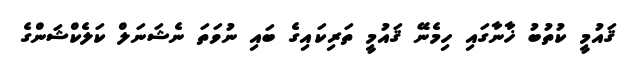
ޤައުމީ ކުތުބު ޚާނާގައި ހިމެނޭ ޤައުމީ ތަރިކައިގެ ބައި ނުވަތަ ނެޝަނަލް ކަލެކްޝަންގެ